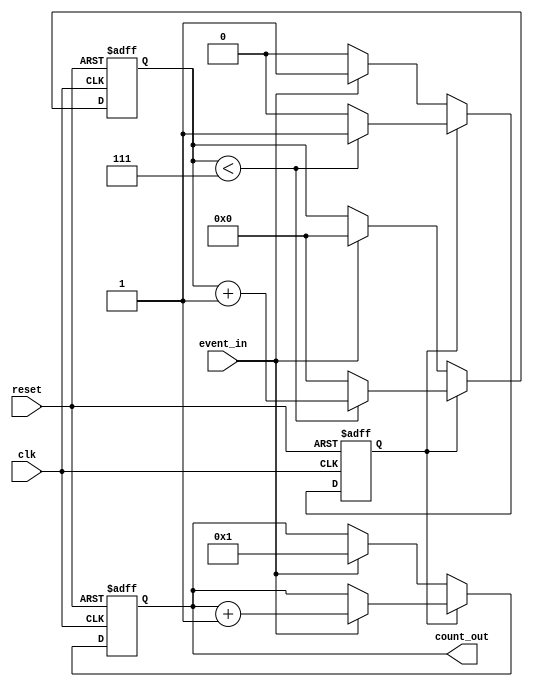
module windowed_counter #(
    parameter WINDOW_SIZE = 8  // Configurable window size
)(
    input wire clk,             // Clock signal
    input wire reset,           // Asynchronous reset signal
    input wire event_in,        // Event signal to be counted
    output reg [7:0] count_out  // Count output (8-bit wide)
);

    reg [3:0] window_timer;     // Timer for the window (4 bits for up to 15)
    reg counting;               // Flag to indicate if counting is active

    // Asynchronous reset and counting logic
    always @(posedge clk or posedge reset) begin
        if (reset) begin
            count_out <= 8'b0;   // Reset count to zero
            window_timer <= 4'b0; // Reset window timer
            counting <= 1'b0;     // Reset counting flag
        end else begin
            if (counting) begin
                // Increment count if event signal is high
                if (event_in) begin
                    count_out <= count_out + 1;
                end
                
                // Increment the window timer
                if (window_timer < WINDOW_SIZE - 1) begin
                    window_timer <= window_timer + 1;
                end else begin
                    counting <= 1'b0; // Stop counting when window size is reached
                    window_timer <= 4'b0; // Reset window timer
                end
            end else begin
                // Start counting when the first event is detected
                if (event_in) begin
                    counting <= 1'b1; // Enable counting
                    count_out <= 8'b1; // Start count from 1
                    window_timer <= 4'b0; // Reset window timer
                end
            end
        end
    end

endmodule